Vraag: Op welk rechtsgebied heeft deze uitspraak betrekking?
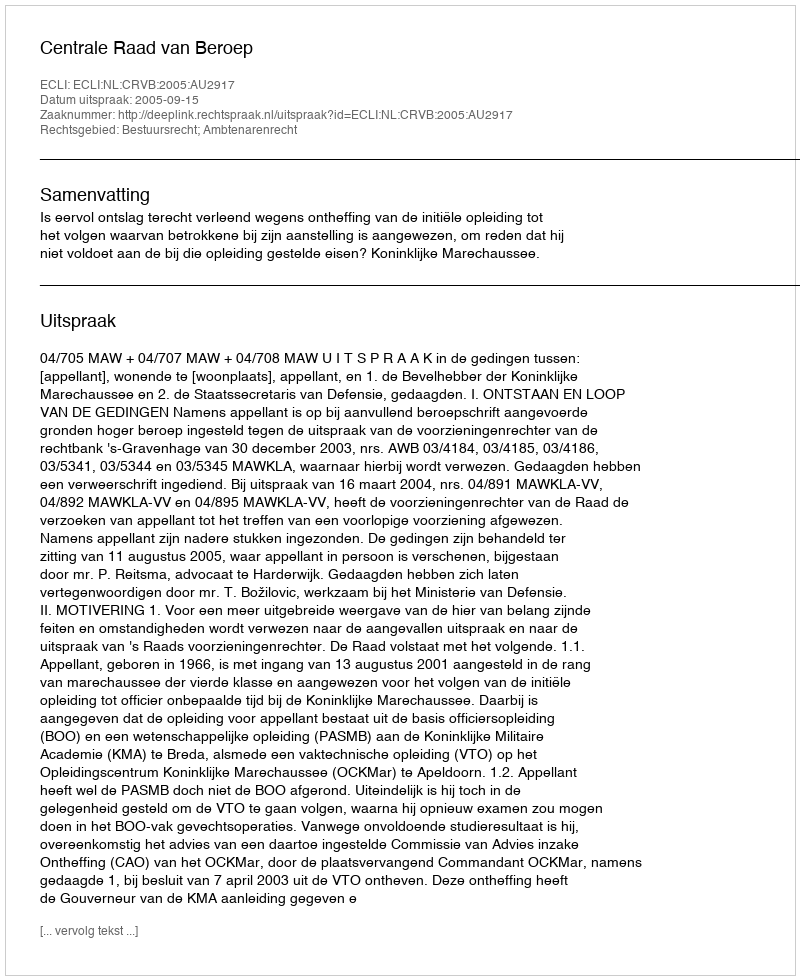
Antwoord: Bestuursrecht; Ambtenarenrecht